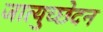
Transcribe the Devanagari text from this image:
जात्युच्छेदन